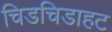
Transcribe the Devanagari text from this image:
चिडचिडाहट